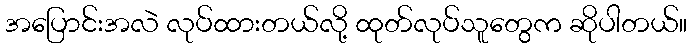
အပြောင်းအလဲ လုပ်ထားတယ်လို့ ထုတ်လုပ်သူတွေက ဆိုပါတယ်။